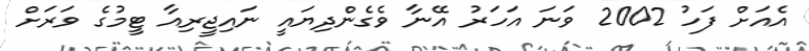
އެއަށް ފަހު 2002 ވަނަ އަހަރު އޭނާ ވެގެންދިޔައީ ނައިޖީރިއާ ޓީމުގެ ވަރަށް